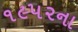
૧૯૫૨ના